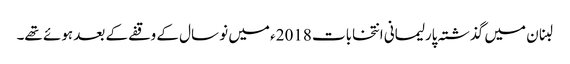
لبنان میں گذشتہ پارلیمانی انتخابات 2018ء میں نو سال کے وقفے کے بعد ہوئے تھے۔